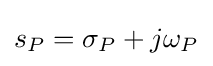
s_{P}=\sigma _{P}+j\omega _{P}